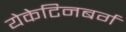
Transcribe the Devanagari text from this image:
येकेटिनबर्ग